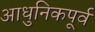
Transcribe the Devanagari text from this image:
आधुनिकपूर्व